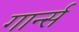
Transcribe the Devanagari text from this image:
गार्न्स